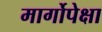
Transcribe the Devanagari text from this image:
मार्गोपेक्षा